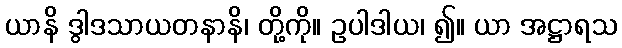
ယာနိ ဒွါဒသာယတနာနိ၊ တို့ကို။ ဥပါဒါယ၊ ၍။ ယာ အဋ္ဌာရသ